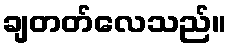
ချတတ်လေသည်။